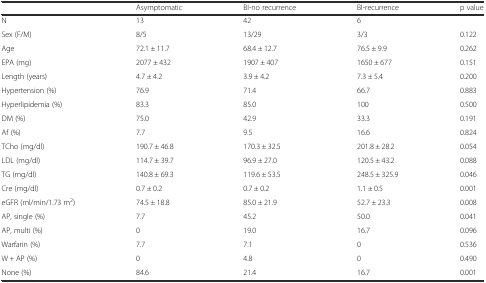
<table><thead><tr><td></td><td><b>Asymptomatic</b></td><td><b>BI-no recurrence</b></td><td><b>BI-recurrence</b></td><td><b>p value</b></td></tr></thead><tbody><tr><td>N</td><td>13</td><td>42</td><td>6</td><td></td></tr><tr><td>Sex (F/M)</td><td>8/5</td><td>13/29</td><td>3/3</td><td>0.122</td></tr><tr><td>Age</td><td>72.1 ± 11.7</td><td>68.4 ± 12.7</td><td>76.5 ± 9.9</td><td>0.262</td></tr><tr><td>EPA (mg)</td><td>2077 ± 432</td><td>1907 ± 407</td><td>1650 ± 677</td><td>0.151</td></tr><tr><td>Length (years)</td><td>4.7 ± 4.2</td><td>3.9 ± 4.2</td><td>7.3 ± 5.4</td><td>0.200</td></tr><tr><td>Hypertension (%)</td><td>76.9</td><td>71.4</td><td>66.7</td><td>0.883</td></tr><tr><td>Hyperlipidemia (%)</td><td>83.3</td><td>85.0</td><td>100</td><td>0.500</td></tr><tr><td>DM (%)</td><td>75.0</td><td>42.9</td><td>33.3</td><td>0.191</td></tr><tr><td>Af (%)</td><td>7.7</td><td>9.5</td><td>16.6</td><td>0.824</td></tr><tr><td>TCho (mg/dl)</td><td>190.7 ± 46.8</td><td>170.3 ± 32.5</td><td>201.8 ± 28.2</td><td>0.054</td></tr><tr><td>LDL (mg/dl)</td><td>114.7 ± 39.7</td><td>96.9 ± 27.0</td><td>120.5 ± 43.2</td><td>0.088</td></tr><tr><td>TG (mg/dl)</td><td>140.8 ± 69.3</td><td>119.6 ± 53.5</td><td>248.5 ± 325.9</td><td>0.046</td></tr><tr><td>Cre (mg/dl)</td><td>0.7 ± 0.2</td><td>0.7 ± 0.2</td><td>1.1 ± 0.5</td><td>0.001</td></tr><tr><td>eGFR (ml/min/1.73 m<sup>2</sup>)</td><td>74.5 ± 18.8</td><td>85.0 ± 21.9</td><td>52.7 ± 23.3</td><td>0.008</td></tr><tr><td>AP, single (%)</td><td>7.7</td><td>45.2</td><td>50.0</td><td>0.041</td></tr><tr><td>AP, multi (%)</td><td>0</td><td>19.0</td><td>16.7</td><td>0.096</td></tr><tr><td>Warfarin (%)</td><td>7.7</td><td>7.1</td><td>0</td><td>0.536</td></tr><tr><td>W + AP (%)</td><td>0</td><td>4.8</td><td>0</td><td>0.490</td></tr><tr><td>None (%)</td><td>84.6</td><td>21.4</td><td>16.7</td><td>0.001</td></tr></tbody></table>